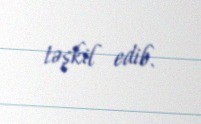
təşkil edib.